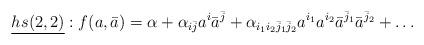
LaTeX: \begin{align*}\underline{hs(2,2)}:f(a,\bar{a})=\alpha+\alpha_{i\bar{j}}a^i\bar{a}^{\bar{j}}+\alpha_{i_1i_2\bar{j}_1\bar{j}_2}a^{i_1}a^{i_2}\bar{a}^{\bar{j}_1}\bar{a}^{\bar{j}_2}+\ldots\end{align*}